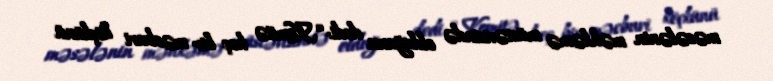
məsələnin məhkəmə müstəvisində olduğunu dedi: “Komitə heç bir məcburi köçkünü